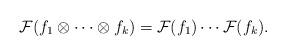
LaTeX: \begin{align*} {\cal F}(f_1\otimes \cdots \otimes f_k) = {\cal F}(f_1) \cdots {\cal F}(f_k).\end{align*}